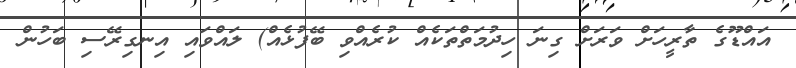
އައްޑޫގެ ތާރީހަށް ވަރަށް ގިނަ ހިދުމަތްތަކެއް ކުރެއްވި ބޭފުޅެއް) ލައްވައި އިނގިރޭސި ބަހުން